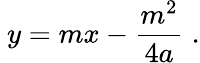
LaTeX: \ y=mx-{\frac{m^{2}}{4a}}\; .